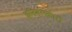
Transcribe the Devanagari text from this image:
इतिहास्कारों